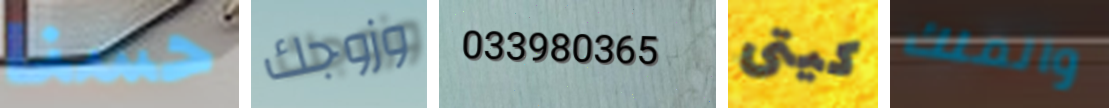
حسنا وزوجك 033980365 كيتى والملك